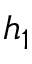
h _ { 1 }